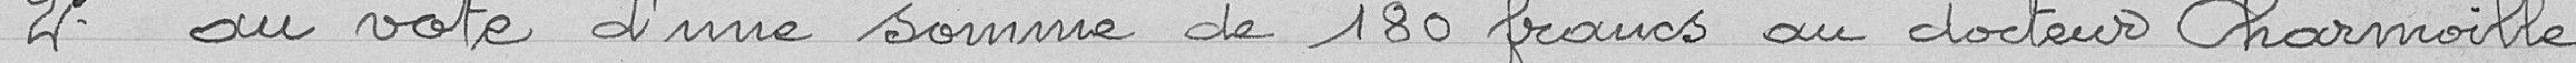
2° au vote d'une somme de 180 francs au docteur Charmoille